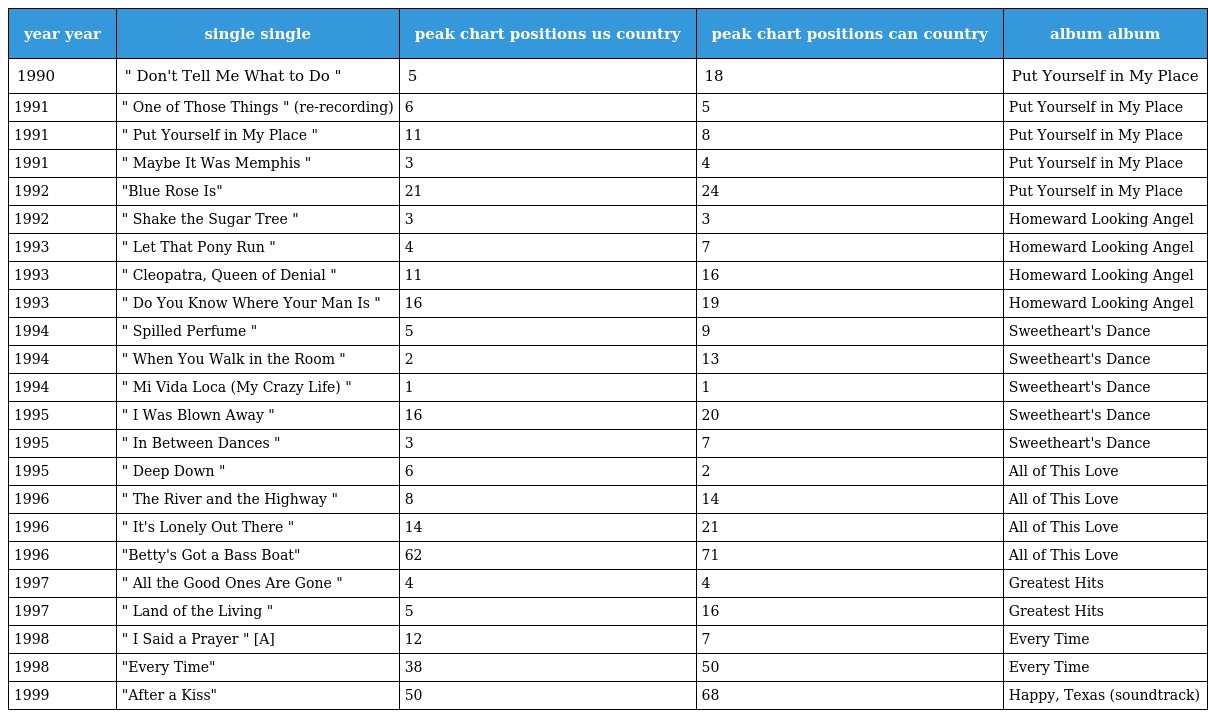
| year year | single single | peak chart positions us country | peak chart positions can country | album album |
 | --- | --- | --- | --- | --- |
 | 1990 | " Don't Tell Me What to Do " | 5 | 18 | Put Yourself in My Place |
 | 1991 | " One of Those Things " (re-recording) | 6 | 5 | Put Yourself in My Place |
 | 1991 | " Put Yourself in My Place " | 11 | 8 | Put Yourself in My Place |
 | 1991 | " Maybe It Was Memphis " | 3 | 4 | Put Yourself in My Place |
 | 1992 | "Blue Rose Is" | 21 | 24 | Put Yourself in My Place |
 | 1992 | " Shake the Sugar Tree " | 3 | 3 | Homeward Looking Angel |
 | 1993 | " Let That Pony Run " | 4 | 7 | Homeward Looking Angel |
 | 1993 | " Cleopatra, Queen of Denial " | 11 | 16 | Homeward Looking Angel |
 | 1993 | " Do You Know Where Your Man Is " | 16 | 19 | Homeward Looking Angel |
 | 1994 | " Spilled Perfume " | 5 | 9 | Sweetheart's Dance |
 | 1994 | " When You Walk in the Room " | 2 | 13 | Sweetheart's Dance |
 | 1994 | " Mi Vida Loca (My Crazy Life) " | 1 | 1 | Sweetheart's Dance |
 | 1995 | " I Was Blown Away " | 16 | 20 | Sweetheart's Dance |
 | 1995 | " In Between Dances " | 3 | 7 | Sweetheart's Dance |
 | 1995 | " Deep Down " | 6 | 2 | All of This Love |
 | 1996 | " The River and the Highway " | 8 | 14 | All of This Love |
 | 1996 | " It's Lonely Out There " | 14 | 21 | All of This Love |
 | 1996 | "Betty's Got a Bass Boat" | 62 | 71 | All of This Love |
 | 1997 | " All the Good Ones Are Gone " | 4 | 4 | Greatest Hits |
 | 1997 | " Land of the Living " | 5 | 16 | Greatest Hits |
 | 1998 | " I Said a Prayer " [A] | 12 | 7 | Every Time |
 | 1998 | "Every Time" | 38 | 50 | Every Time |
 | 1999 | "After a Kiss" | 50 | 68 | Happy, Texas (soundtrack) |